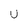
Character: U